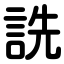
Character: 詵